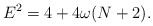
\begin{align*}E^2 = 4 + 4\omega (N + 2). \end{align*}